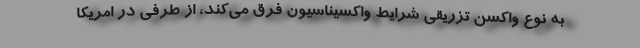
به نوع واکسن تزریقی شرایط واکسیناسیون فرق می‌کند، از طرفی در امریکا